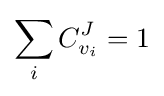
\sum _{i}C_{v_{i}}^{J}=1